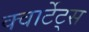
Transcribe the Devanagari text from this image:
क्वार्टेट्स